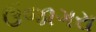
ઉજાગરા